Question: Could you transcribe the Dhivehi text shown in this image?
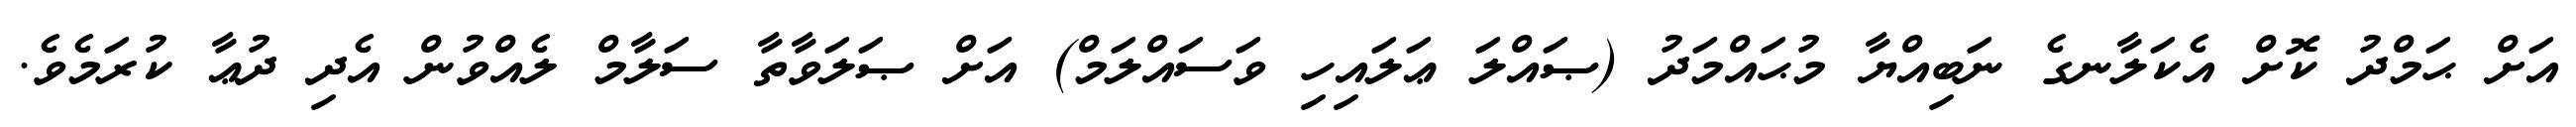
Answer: އަށް ޙަމްދު ކޮށް އެކަލާނގެ ނަބިއްޔާ މުޙައްމަދު (ޞައްލަ ޢަލައިހި ވަސައްލަމް) އަށް ޞަލަވާތާ ސަލާމް ލެއްވުން އެދި ދުޢާ ކުރަމެވެ.